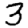
Digit: 3